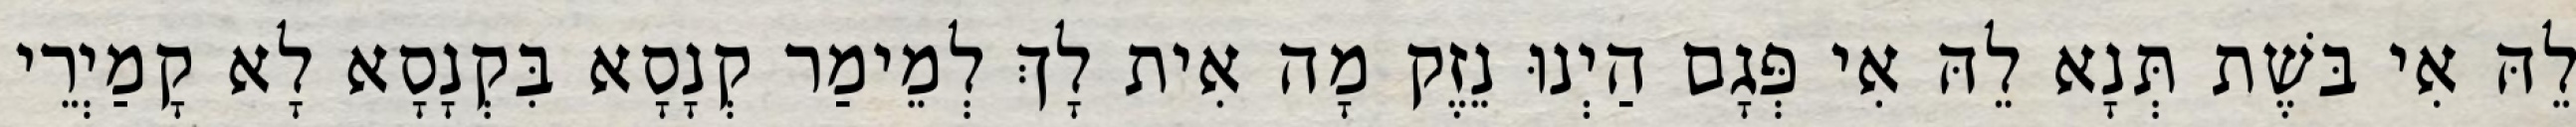
לֵהּ אִי בּשֶׁת תְּנָא לֵהּ אִי פְּגָם הַיְנוּ נֵזֶק מָה אִית לָךְ לְמֵימַר קְנָסָא בִּקְנָסָא לָא קָמַיְרֵי